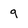
Character: 9